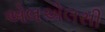
એલએલસી